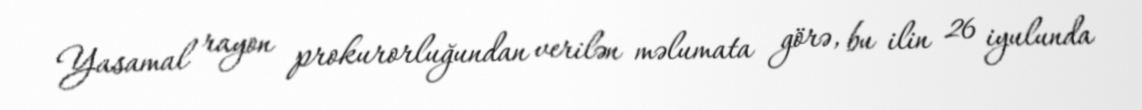
Yasamal rayon prokurorluğundan verilən məlumata görə, bu ilin 26 iyulunda